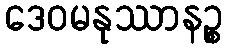
ဒေဝမနုဿာနဉ္စ